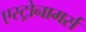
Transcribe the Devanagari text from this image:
एस्ट्रोनामर्स